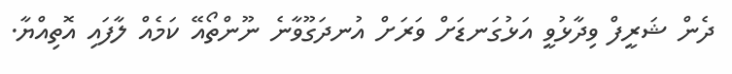
ދެން ޝަރީފް ވިދާޅުވީ އަޅުގަނޑަށް ވަރަށް އުނދަގޫވާނެ ނޫންތޯއޭ ކަމެއް ލާފައި އޮތިއްޔާ.